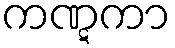
ကဏ္ဋကာ